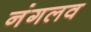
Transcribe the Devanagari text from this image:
नंगलव